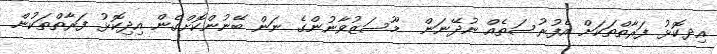
އިދކޮޅު ފަރާތްތަކަށް އެފުރުސަތެއް ނުދޭނަން  މޫސަޒުވާނުންގެ ނަން ބޭނުންކޮށްގެން އިދިކޮޅު ފަރާތްތަކުން